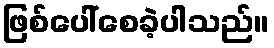
ဖြစ်ပေါ်စေခဲ့ပါသည်။